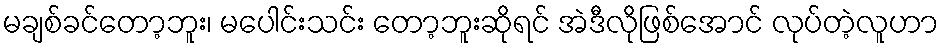
မချစ်ခင်တော့ဘူး၊ မပေါင်းသင်း တော့ဘူးဆိုရင် အဲဒီလိုဖြစ်အောင် လုပ်တဲ့လူဟာ